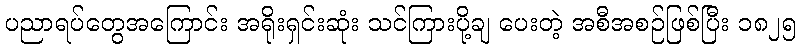
ပညာရပ်တွေအကြောင်း အရိုးရှင်းဆုံး သင်ကြားပို့ချ ပေးတဲ့ အစီအစဉ်ဖြစ်ပြီး ၁၈၂၅